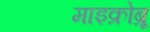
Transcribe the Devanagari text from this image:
माइक्रोब्रू